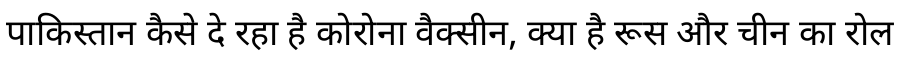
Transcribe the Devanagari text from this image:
पाकिस्तान कैसे दे रहा है कोरोना वैक्सीन, क्या है रूस और चीन का रोल